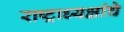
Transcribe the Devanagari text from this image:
राष्‍ट्राध्‍यक्षांचे